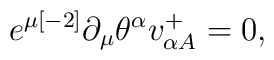
e^{\mu { [-2]}}\partial _{\mu }\theta ^{\alpha }v^{{ +}}_{\alpha { A}} = 0 ,